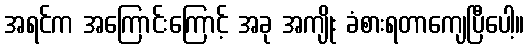
အရင်က အကြောင်းကြောင့် အခု အကျိုး ခံစားရတာကျေပြီပေါ့။